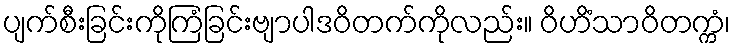
ပျက်စီးခြင်းကိုကြံခြင်းဗျာပါဒဝိတက်ကိုလည်း။ ဝိဟိံသာဝိတက္ကံ၊